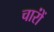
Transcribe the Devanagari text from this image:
चारोंं